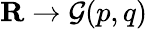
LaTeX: \mathbf{R}\to{\mathcal{G}}(p,q)